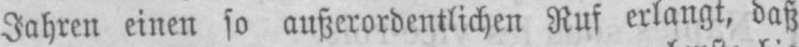
Jahren einen so außerordentlichen Ruf erlangt, daß